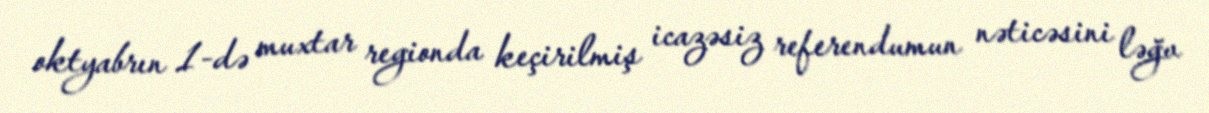
oktyabrın 1-də muxtar regionda keçirilmiş icazəsiz referendumun nəticəsini ləğv